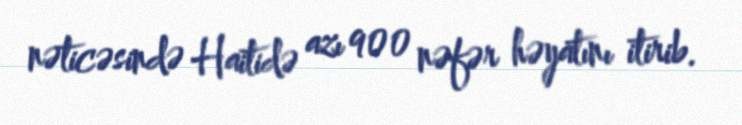
nəticəsində Haitidə azı 900 nəfər həyatını itirib.